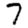
Digit: 7